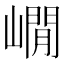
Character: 𡼥